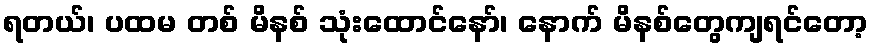
ရတယ်၊ ပထမ တစ် မိနစ် သုံးထောင်နော်၊ နောက် မိနစ်တွေကျရင်တော့